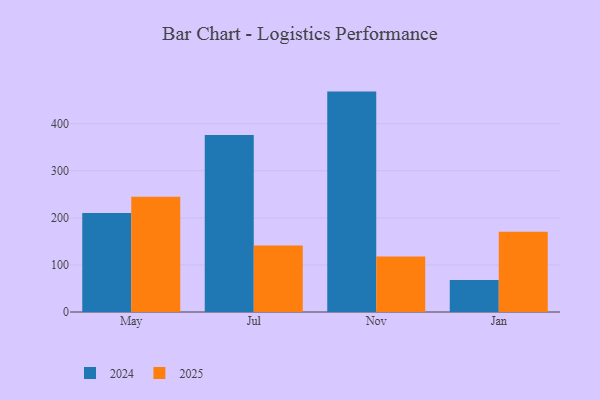
{"axis": {"x": "Month", "y": "Inventory Turnover"}, "legend": ["2024", "2025"], "data": [{"x": "May", "y": 244.9, "type": "2025"}, {"x": "May", "y": 210.4, "type": "2024"}, {"x": "Jul", "y": 141.1, "type": "2025"}, {"x": "Jul", "y": 376.2, "type": "2024"}, {"x": "Nov", "y": 118.1, "type": "2025"}, {"x": "Nov", "y": 468.3, "type": "2024"}, {"x": "Jan", "y": 170.3, "type": "2025"}, {"x": "Jan", "y": 68.1, "type": "2024"}]}